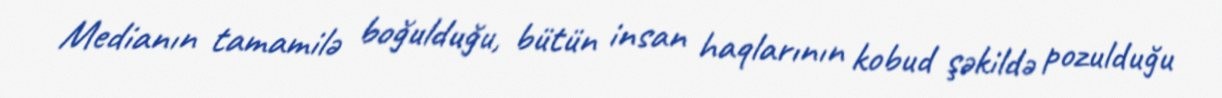
Medianın tamamilə boğulduğu, bütün insan haqlarının kobud şəkildə pozulduğu